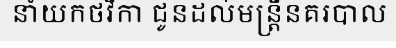
នាំយកថវិកា ជូនដល់មន្ត្រីនគរបាល